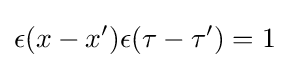
\epsilon (x-x')\epsilon (\tau -\tau ')=1